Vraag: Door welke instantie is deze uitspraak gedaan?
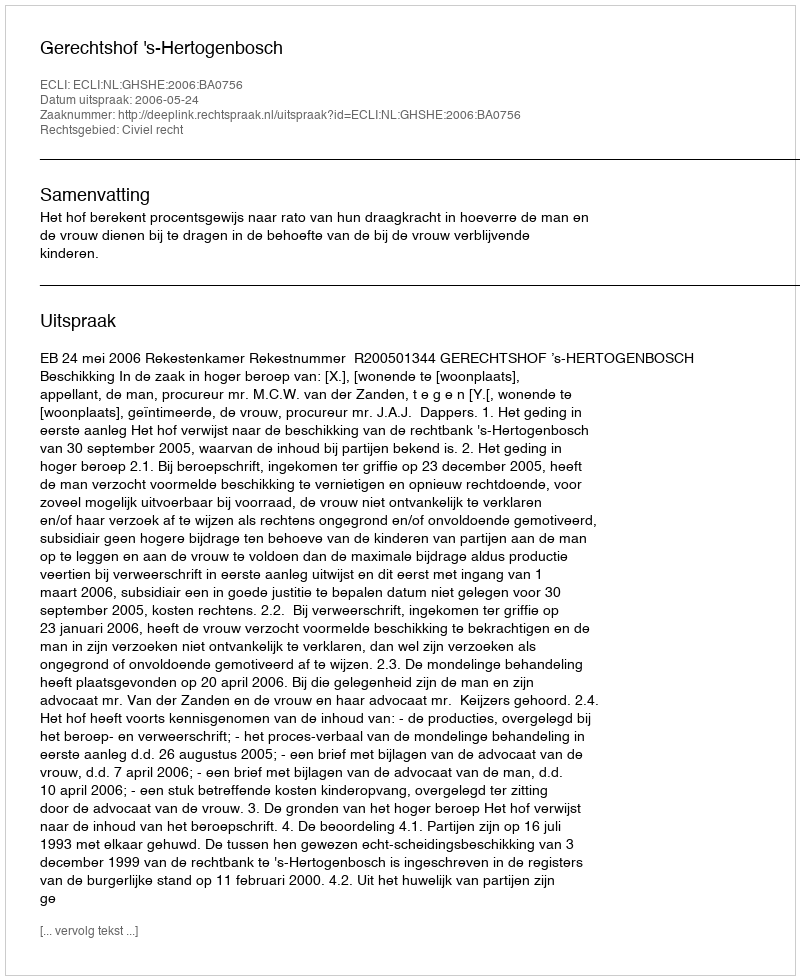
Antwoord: Gerechtshof 's-Hertogenbosch